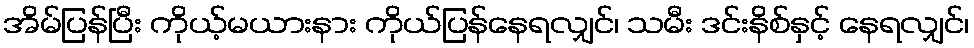
အိမ်ပြန်ပြီး ကိုယ့်မယားနား ကိုယ်ပြန်နေရလျှင်၊ သမီး ဒင်းနိစ်နှင့် နေရလျှင်၊